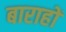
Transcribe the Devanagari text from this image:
बाराहों